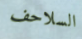
السلاحف